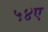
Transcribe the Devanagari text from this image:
५४ए